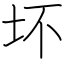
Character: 坏